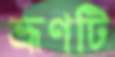
ভ্রূণটি